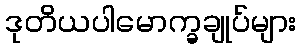
ဒုတိယပါမောက္ခချုပ်များ